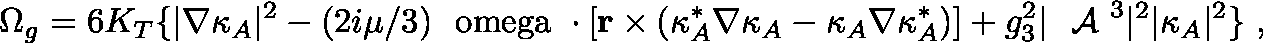
\Omega _ { g } = 6 K _ { T } \{ | \nabla \kappa _ { A } | ^ { 2 } - ( 2 i \mu / 3 ) \mathrm { \boldmath ~ \ o m e g a ~ } \cdot [ { \bf r } \times ( \kappa _ { A } ^ { * } \nabla \kappa _ { A } - \kappa _ { A } \nabla \kappa _ { A } ^ { * } ) ] + g _ { 3 } ^ { 2 } | \mathrm { \boldmath ~ { \cal ~ A } ~ } ^ { 3 } | ^ { 2 } | \kappa _ { A } | ^ { 2 } \} \ ,